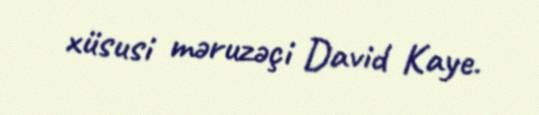
xüsusi məruzəçi David Kaye.